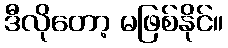
ဒီလိုတော့ မဖြစ်နိုင်။